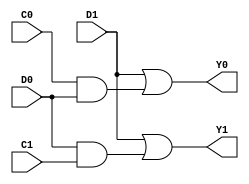
module RD2(C1,C0,D1,D0,Y1,Y0);
input C0,C1,D0,D1;
output Y0,Y1;

assign Y0=D1 | (C0 & D0);
assign Y1=D1 | (D0 & C1);

endmodule